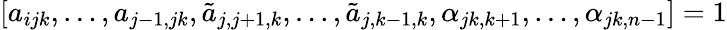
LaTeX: [a_{ijk},\dots,a_{j-1,jk},\tilde{a}_{j,j+1,k},\dots,\tilde{a}_{j,k-1,k},\alpha_{jk,k+1},\dots,\alpha_{jk,n-1}]=1